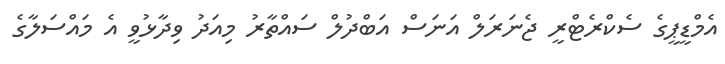
އެމްޑީޕީގެ ސެކްރެޓްރީ ޖެނަރަލް އަނަސް އަބްދުލް ސައްތާރު މިއަދު ވިދާޅުވީ އެ މައްސަލާގެ